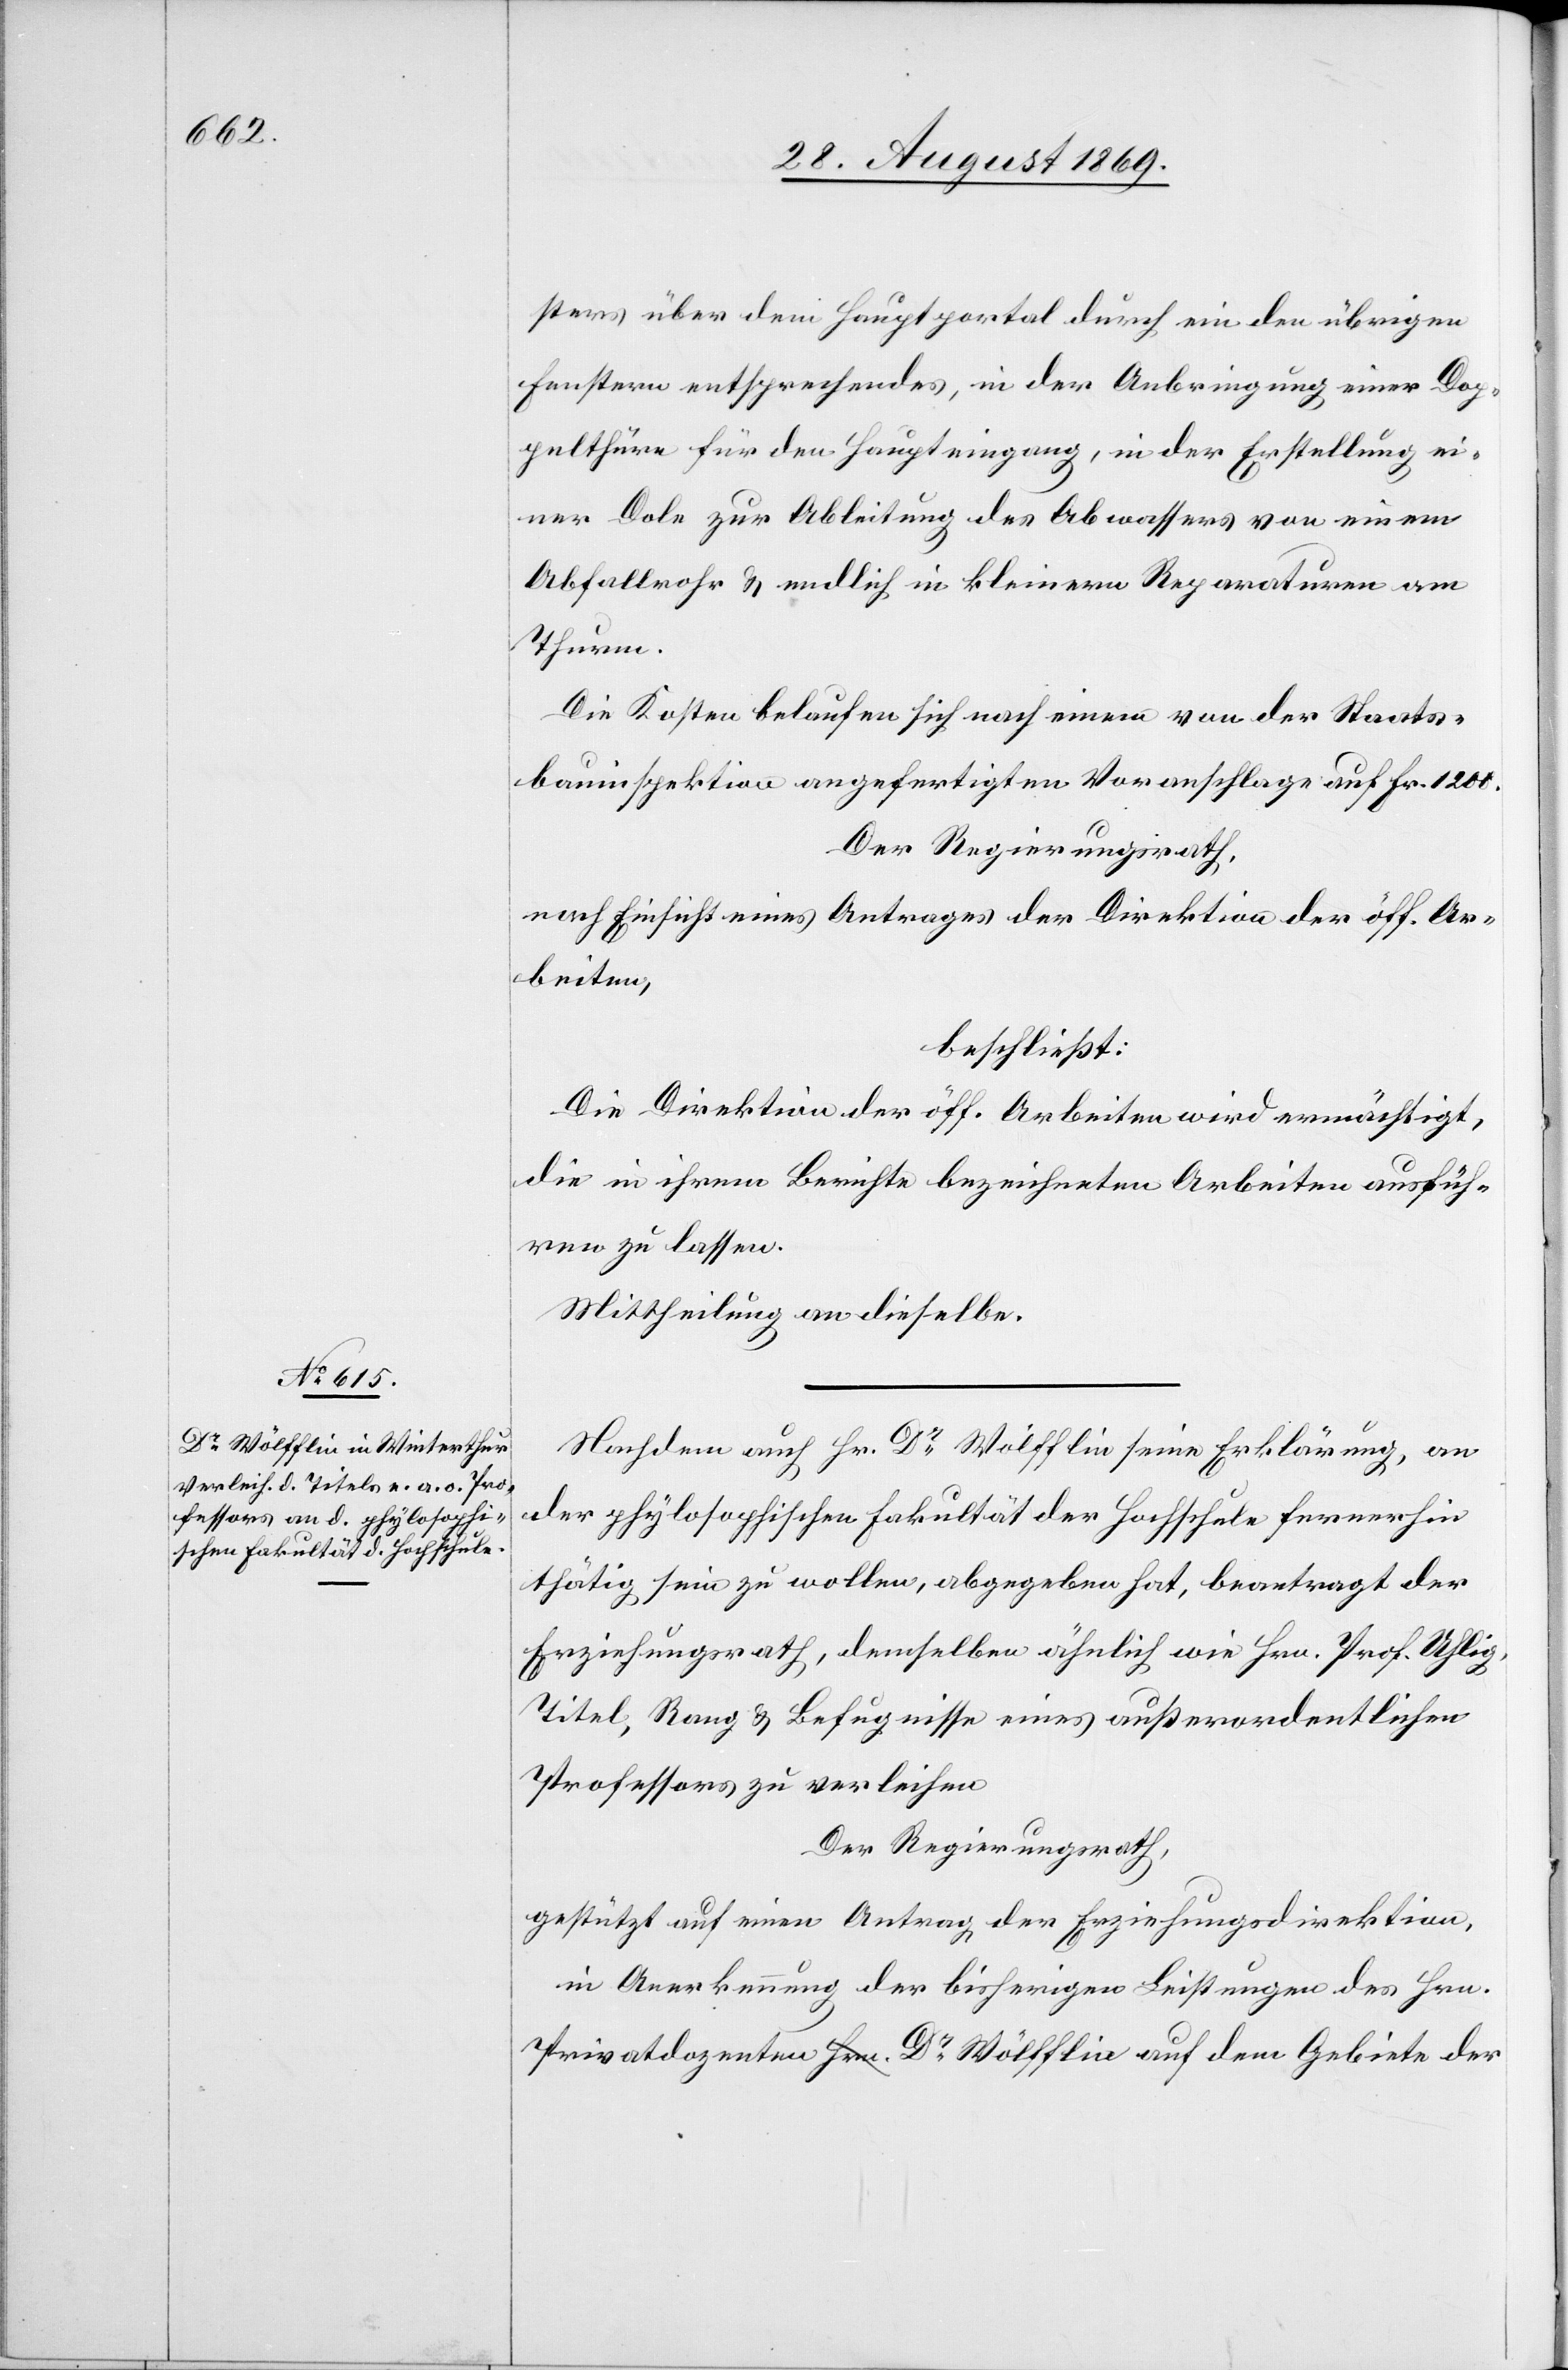
sters über dem Hauptportal durch ein den übrigen
Fenstern entsprechendes, in der Anbringung einer Dop¬
pelthüre für den Haupteingang, in der Erstellung ei¬
ner Dole zur Ableitung des Abwassers von einem
Abfallrohr & endlich in kleinern Reparaturen am
Thurm.
Die Kosten belaufen sich nach einem von der Staats¬
bauinspektion angefertigten Voranschlage auf Fr. 1200.
Der Regierungsrath,
nach Einsicht eines Antrages der Direktion der öff. Ar¬
beiten,
beschließt:
Die Direktion der öff. Arbeiten wird ermächtigt,
die in ihrem Berichte bezeichneten Arbeiten ausfüh¬
ren zu lassen.
Mittheilung an dieselbe.
Nachdem auch Hr. Dr Wölfflin seine Erklärung, an
der phylosophischen Fakultät der Hochschule fernerhin
thätig sein zu wollen, abgegeben hat, beantragt der
Erziehungsrath, demselben ähnlich wie Hrn. Prof. Uhlig,
Titel, Rang & Befugnisse eines außerordentlichen
Professors zu verleihen.
Der Regierungsrath,
gestützt auf einen Antrag der Erziehungsdirektion,
in Anerkennung der bisherigen Leistungen des Hrn.
Privatdozenten Dr Wölfflin auf dem Gebiete der